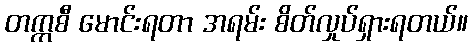
တက္ကစီ မောင်းရတာ အရမ်း စိတ်လှုပ်ရှားရတယ်။